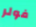
فولر